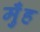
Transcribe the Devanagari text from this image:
मुँंह